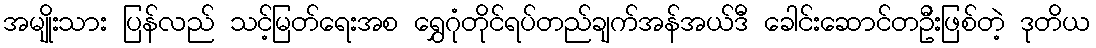
အမျိုးသား ပြန်လည် သင့်မြတ်ရေးအစ ရွှေဂုံတိုင်ရပ်တည်ချက်အန်အယ်ဒီ ခေါင်းဆောင်တဦးဖြစ်တဲ့ ဒုတိယ